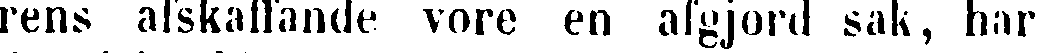
rens afskaffande vore en afgjord sak, har